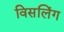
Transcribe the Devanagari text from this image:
विसलिंग